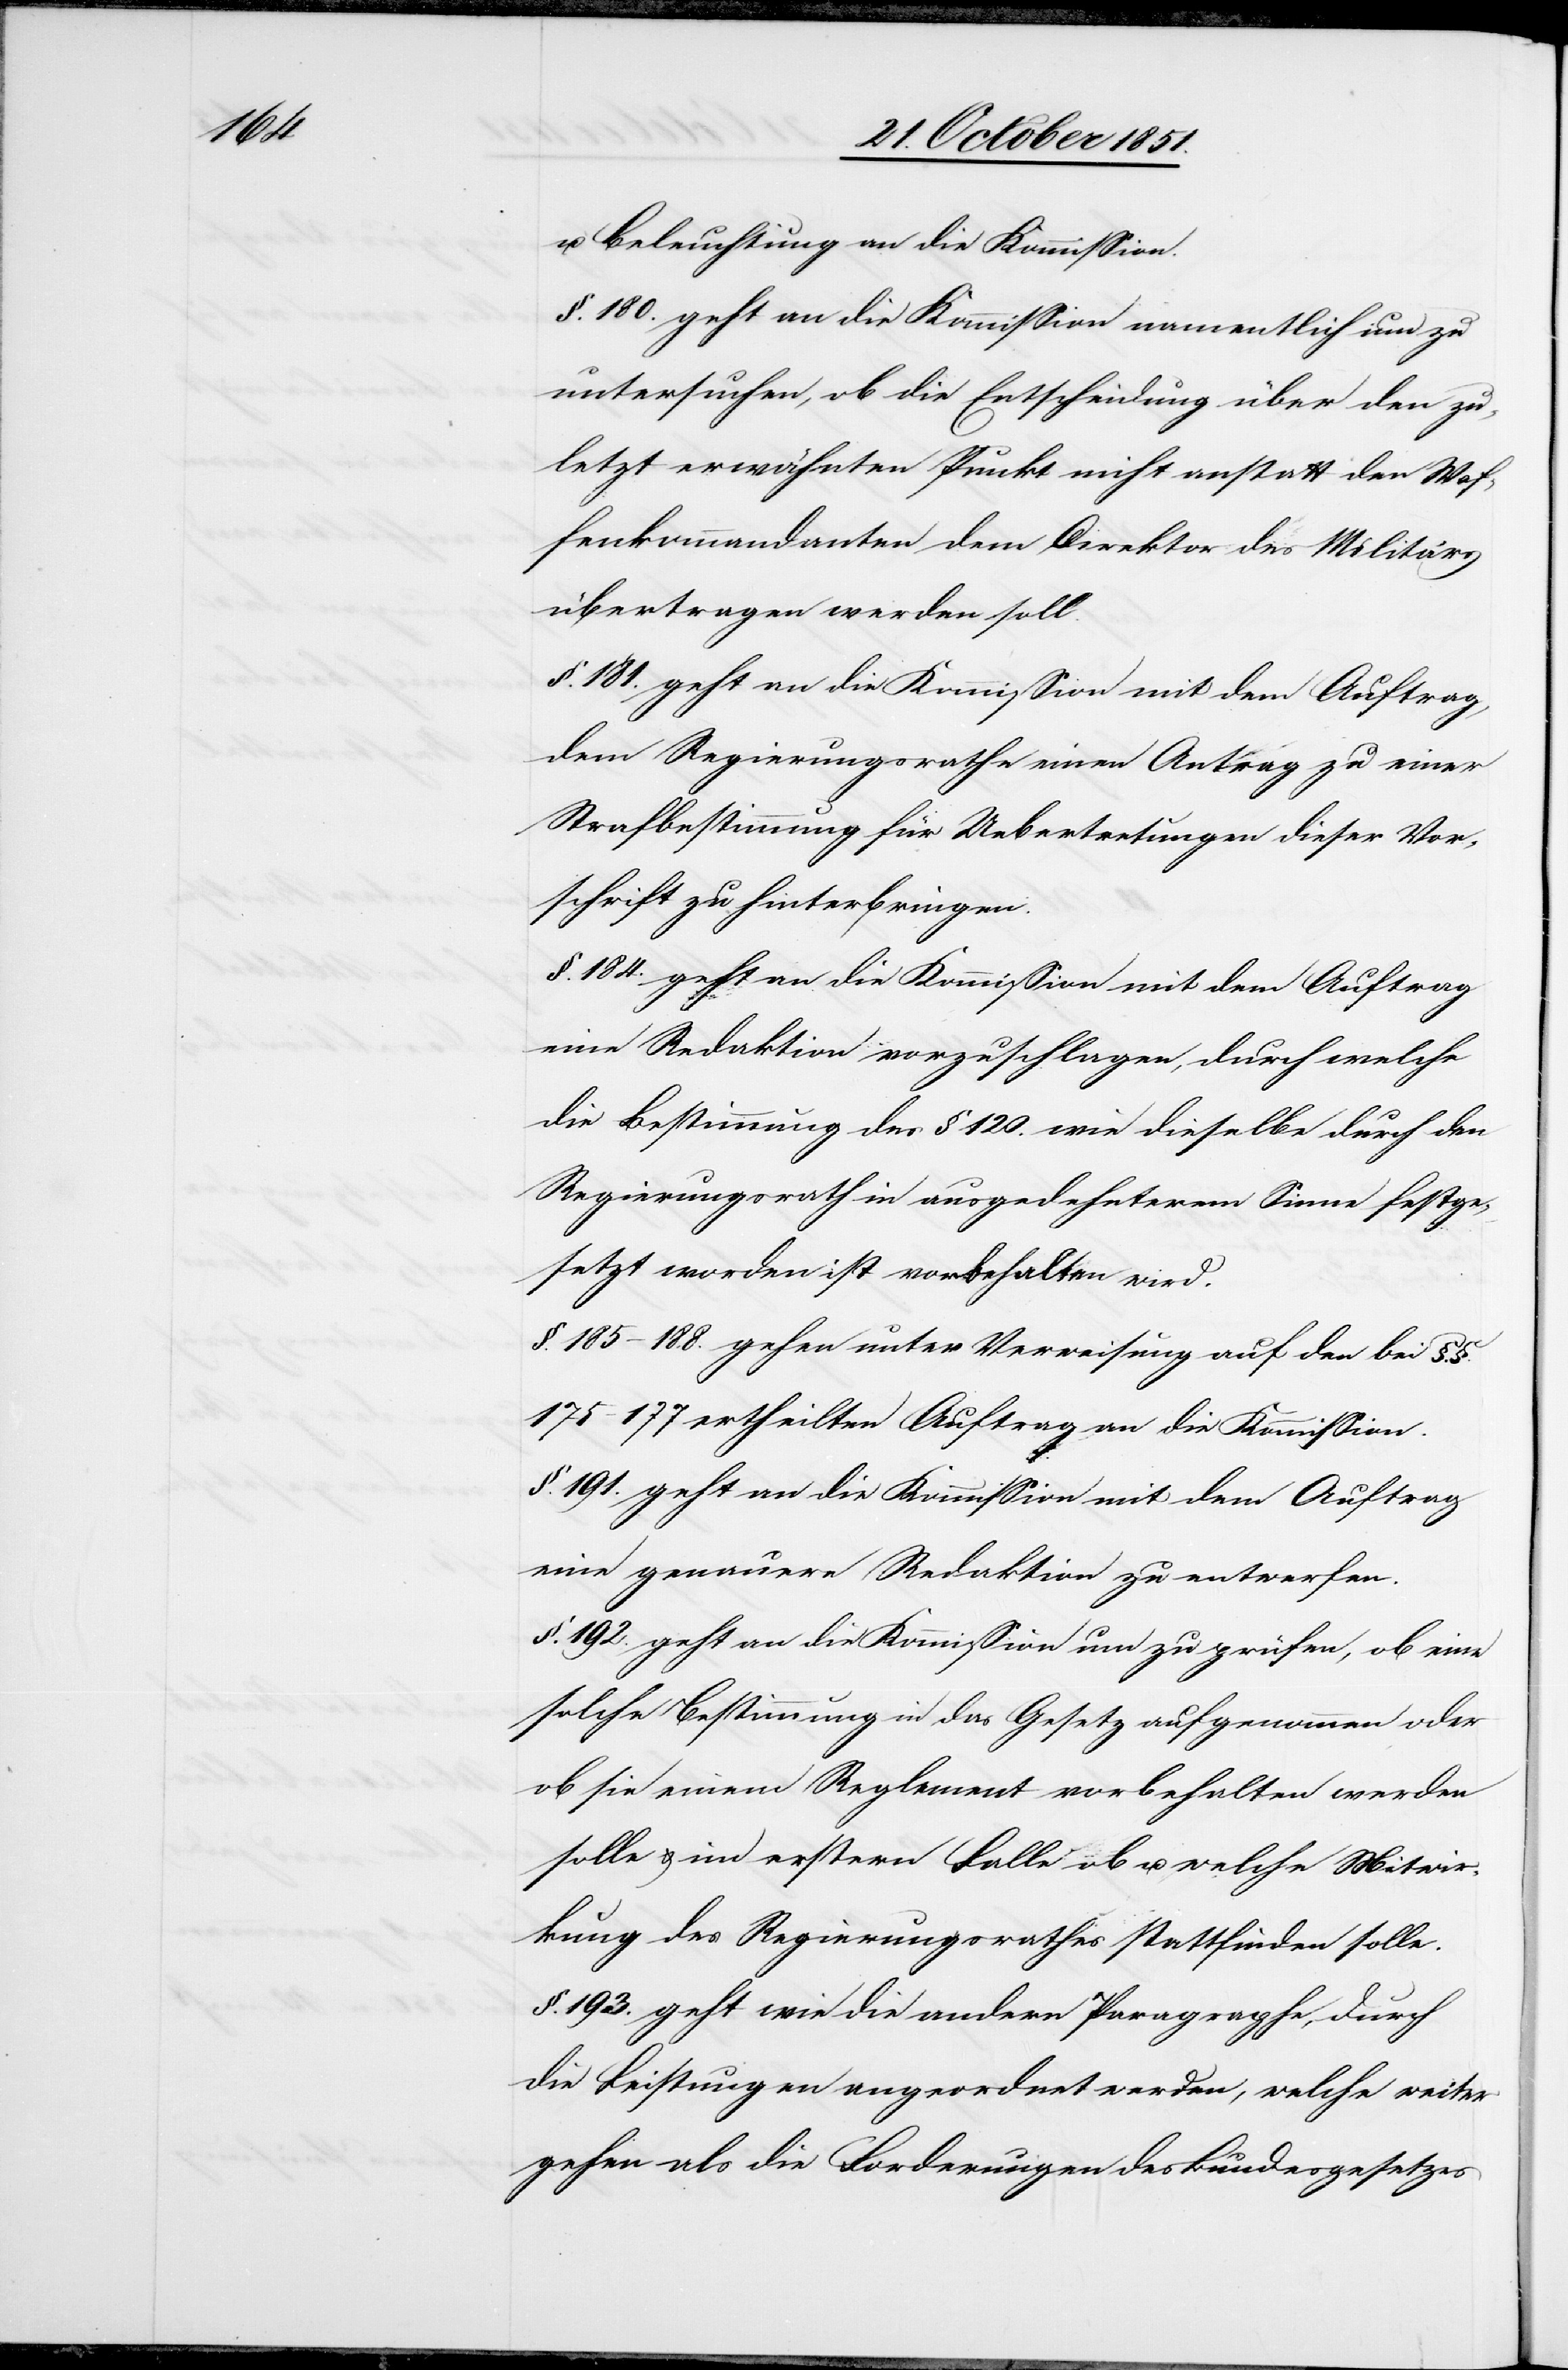
u. Beleuchtung an die Kommission.
§. 180. geht an die Kommission namentlich um zu
untersuchen, ob die Entscheidung über den zu¬
letzt erwähnten Punkt nicht anstatt den Waf¬
fenkommandanten dem Direktor des Militärs
übertragen werden soll.
§. 181. geht an die Kommission mit dem Auftrag,
dem Regierungsrathe einen Antrag zu einer
Strafbestimmung für Uebertretungen dieser Vor¬
schrift zu hinterbringen.
§. 184. geht an die Kommission mit dem Auftrag
eine Redaktion vorzuschlagen, durch welche
die Bestimmung des § 120. wie dieselbe durch den
Regierungsrath in ausgedehnterem Sinne festge¬
setzt worden ist vorbehalten wird.
§. 185–188. gehen unter Verweisung auf den bei §§.
175–177 ertheilten Auftrag an die Kommission.
§. 191. geht an die Kommission mit dem Auftrag
eine genauere Redaktion zu entwerfen.
§. 192. geht an die Kommission um zu prüfen, ob eine
solche Bestimmung in das Gesetz aufgenommen oder
ob sie einem Reglement vorbehalten werden
solle & im erstern Falle ob u. welche Mitwir¬
kung des Regierungsrathes stattfinden solle.
§. 193. geht wie die andern Paragraphe[n], durch
die Leistungen angeordnet werden, welche weiter
gehen als die Forderungen des Bundesgesetzes